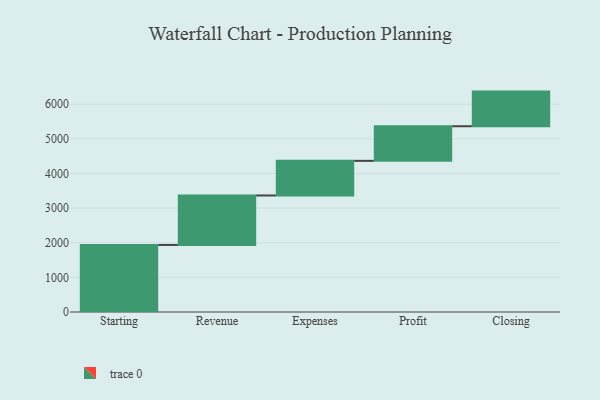
{"axis": {"x": "Step", "y": "Value"}, "legend": [""], "data": [{"x": "Starting", "y": 1936.0, "type": ""}, {"x": "Revenue", "y": 1429.0, "type": ""}, {"x": "Expenses", "y": 1000, "type": ""}, {"x": "Profit", "y": 1000, "type": ""}, {"x": "Closing", "y": 1000, "type": ""}]}